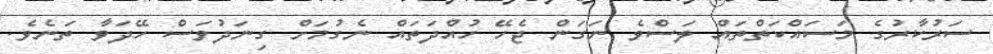
ސަރުކާރުގެ މަސައްކަތްތައް ލަސްވެ ނަގަން ޖެހޭ ހުއްދަތައް ނެގުމަށް ގިނަދުވަސް ހޭދަވާ ތަނެވެ.